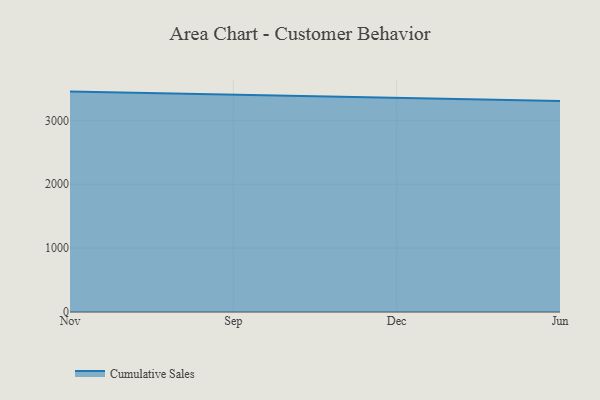
{"axis": {"x": "Month", "y": "Demand Index"}, "legend": ["Cumulative Sales"], "data": [{"x": "Nov", "y": 3450.3, "type": "Cumulative Sales"}, {"x": "Sep", "y": 3398.6, "type": "Cumulative Sales"}, {"x": "Dec", "y": 3356.6, "type": "Cumulative Sales"}, {"x": "Jun", "y": 3302.1, "type": "Cumulative Sales"}]}